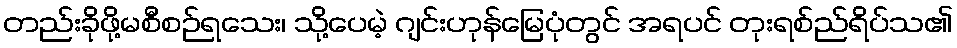
တည်းခိုဖို့မစီစဉ်ရသေး၊ သို့ပေမဲ့ ဂျင်းဟုန်မြေပုံတွင် အရပင် တုးရစ်ည်ရိပ်သ၏